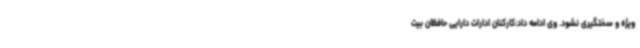
ویژه و سختگیری نشود. وی ادامه داد:کارکنان ادارات دارایی حافظان بیت